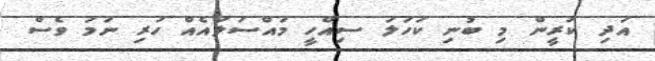
އަދި ކުރީން މި ބުނި ކަހަލަ ސިއްހީ މައްސަލައެއް ހުރި ނަމަ ވެސް